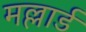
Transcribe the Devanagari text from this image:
मल्लार्ड